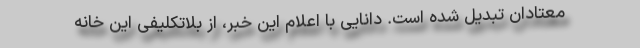
معتادان تبدیل شده است. دانایی با اعلام این خبر، از بلاتکلیفی این خانه